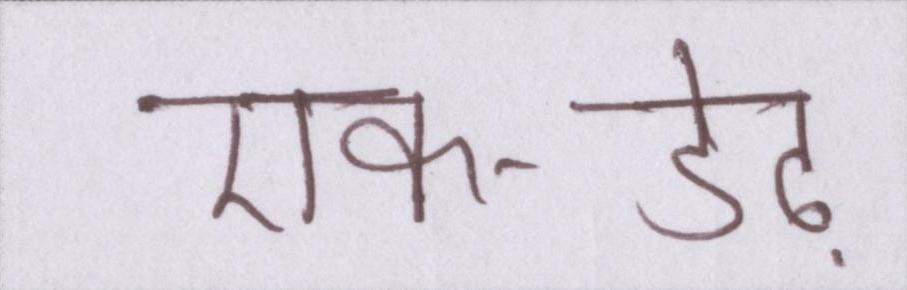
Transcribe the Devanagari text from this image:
एक-डेढ़